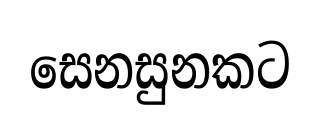
සෙනසුනකට